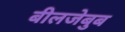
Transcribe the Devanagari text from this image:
बीलजेबुब